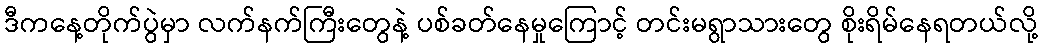
ဒီကနေ့တိုက်ပွဲမှာ လက်နက်ကြီးတွေနဲ့ ပစ်ခတ်နေမှုကြောင့် တင်းမရွာသားတွေ စိုးရိမ်နေရတယ်လို့